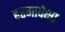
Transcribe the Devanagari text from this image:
हरणांपेक्षा